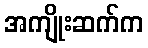
အကျိုးဆက်က